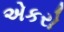
એકરો